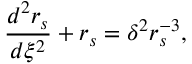
\frac { d ^ { 2 } r _ { s } } { d \xi ^ { 2 } } + r _ { s } = \delta ^ { 2 } r _ { s } ^ { - 3 } ,